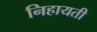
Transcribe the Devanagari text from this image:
निहायती